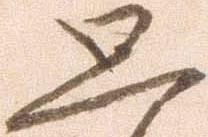
思